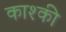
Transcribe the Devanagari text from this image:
काश्की